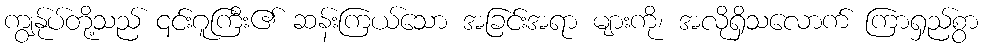
ကျွန်ုပ်တို့သည် ၎င်းဂူကြီး၏ ဆန်းကြယ်သော အခြင်းအရာ များကို၊ အလိုရှိသလောက် ကြာရှည်စွာ